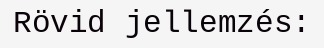
Rövid jellemzés: